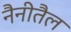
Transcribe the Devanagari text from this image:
नैनीतैल